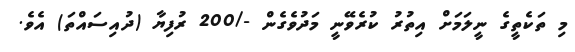
މި ތަކެތީގެ ނީލަމަށް އިތުރު ކުރެވޭނީ މަދުވެގެން -/200 ރުފިޔާ (ދުއިސައްތަ) އެވެ.